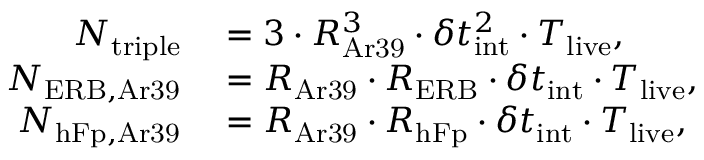
\begin{array} { r l } { N _ { \mathrm { t r i p l e } } } & { { } = 3 \cdot R _ { \mathrm { A r 3 9 } } ^ { 3 } \cdot \delta t _ { \mathrm { i n t } } ^ { 2 } \cdot T _ { \mathrm { l i v e } } , } \\ { N _ { \mathrm { E R B , A r 3 9 } } } & { { } = R _ { \mathrm { A r 3 9 } } \cdot R _ { \mathrm { E R B } } \cdot \delta t _ { \mathrm { i n t } } \cdot T _ { \mathrm { l i v e } } , } \\ { N _ { \mathrm { h F p , A r 3 9 } } } & { { } = R _ { \mathrm { A r 3 9 } } \cdot R _ { \mathrm { h F p } } \cdot \delta t _ { \mathrm { i n t } } \cdot T _ { \mathrm { l i v e } } , } \end{array}